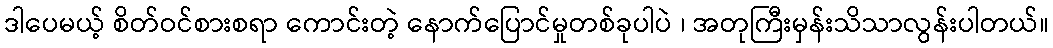
ဒါပေမယ့် စိတ်ဝင်စားစရာ ကောင်းတဲ့ နောက်ပြောင်မှုတစ်ခုပါပဲ ၊ အတုကြီးမှန်းသိသာလွန်းပါတယ်။